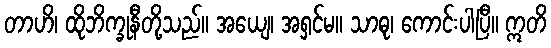
တာဟိ၊ ထိုဘိက္ခုနီတို့သည်။ အယျေ၊ အရှင်မ။ သာဓု၊ ကောင်းပါပြီ။ ဣတိ